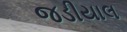
જડીયાલ